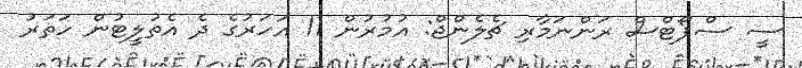
ސީ ސްޕޯޓްސް ރަންނަމާރި ޗެލެންޖް: އުމުރުން 11 އަހަރުގެ ދެ އެތުލީޓުން ހަތަރު